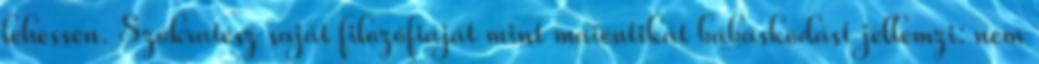
lehessen. Szókratész saját filozófiáját mint maieutikát bábáskodást jellemzi: nem